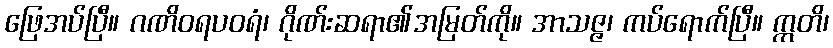
ဖြေအပ်ပြီ။ ဂဏိဝရပဝရံ၊ ဂိုဏ်းဆရာ၏အမြတ်ကို။ အာသဇ္ဇ၊ ကပ်ရောက်ပြီ။ ဣတိ၊